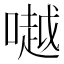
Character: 𠾲